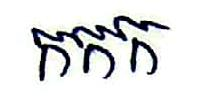
កកក